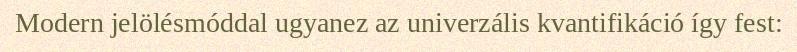
Modern jelölésmóddal ugyanez az univerzális kvantifikáció így fest: